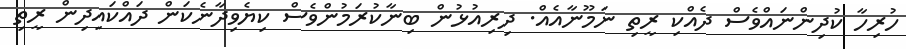
ހުރިހާ ކުދިންނައްވެސް ދެއްކި ރީތި ނަމޫނާއެއް. ދިރިއުޅުން ބިނާކުރަމުންވެސް ކިޔެވިދާނެކަން ދައްކައިދިން ރީތި